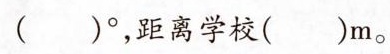
()°距离学校()m。